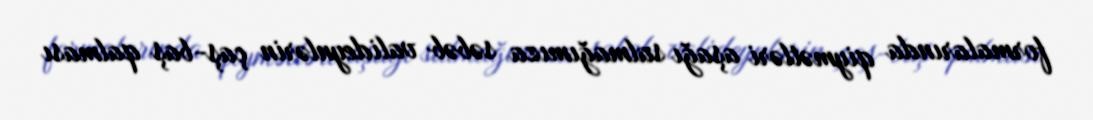
formalarında qiymətləri aşağı salmağımıza səbəb valideynlərin çaş-baş qalması